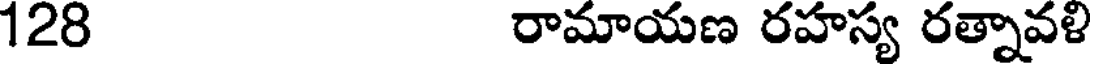
128 రామాయణ రహస్య రత్నావళి